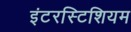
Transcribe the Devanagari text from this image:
इंटरस्टिशियम